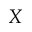
X